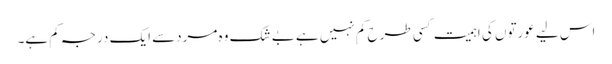
اس لیے عورتوں کی اہمیت کسی طرح کم نہیں ہے بے شک وہ مردسے ایک درجہ کم ہے۔